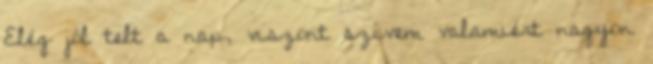
Elég jól telt a nap, viszont szívem valamiért nagyon